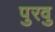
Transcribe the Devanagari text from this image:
पुरवु